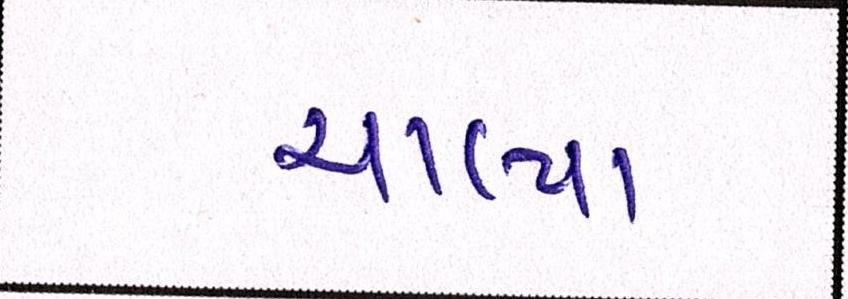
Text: ચાલ્યા